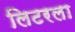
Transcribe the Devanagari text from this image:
लिटरला